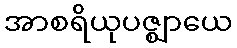
အာစရိယုပဇ္ဈာယေ